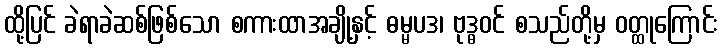
ထို့ပြင် ခဲရာခဲဆစ်ဖြစ်သော စကားထာအချို့နှင့် ဓမ္မပဒ၊ ဗုဒ္ဓဝင် စသည်တို့မှ ဝတ္ထုကြောင်း